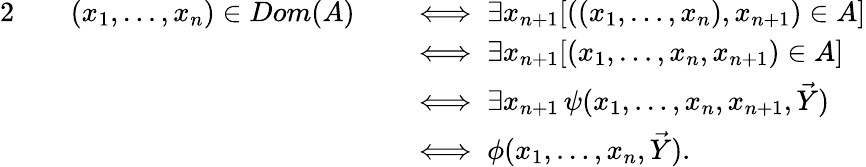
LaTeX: {\begin{array}{rlrl}{{2}\quad}&{(x_{1},\ldots,x_{n})\in Dom(A)}&&{\iff\exists x_{n+1}[((x_{1},\ldots,x_{n}),x_{n+1})\in A]}\\ &{}&&{\iff\exists x_{n+1}[(x_{1},\ldots,x_{n},x_{n+1})\in A]}\\ &{}&&{\iff\exists x_{n+1}\, \psi(x_{1},\ldots,x_{n},x_{n+1},{\vec{Y}})}\\ &{}&&{\iff\phi(x_{1},\ldots,x_{n},{\vec{Y}}).}\end{array}}